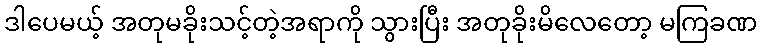
ဒါပေမယ့် အတုမခိုးသင့်တဲ့အရာကို သွားပြီး အတုခိုးမိလေတော့ မကြခဏ